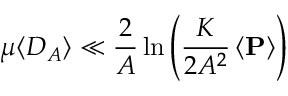
\mu \langle D _ { A } \rangle \ll \frac { 2 } { A } \ln \left( \frac { K } { 2 A ^ { 2 } } \left< \mathbf { P } \right> \right)